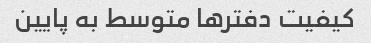
کیفیت دفترها متوسط به پایین